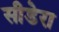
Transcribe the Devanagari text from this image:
सीडेरा